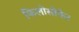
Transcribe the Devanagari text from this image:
फिलोसोफेर